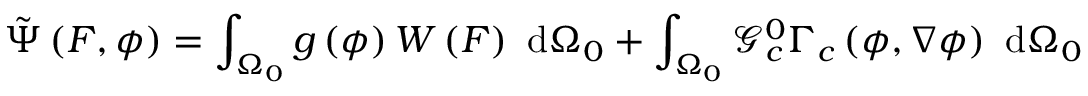
\tilde { \Psi } \left( \boldsymbol { F } , \phi \right) = \int _ { \Omega _ { 0 } } g \left( \phi \right) W \left( \boldsymbol { F } \right) \ \mathrm { d } \Omega _ { 0 } + \int _ { \Omega _ { 0 } } \mathcal { G } _ { c } ^ { 0 } \Gamma _ { c } \left( \phi , \nabla \phi \right) \ \mathrm { d } \Omega _ { 0 }